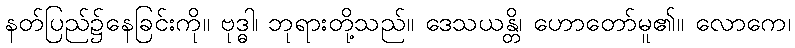
နတ်ပြည်၌နေခြင်းကို။ ဗုဒ္ဓါ၊ ဘုရားတို့သည်။ ဒေသယန္တိ၊ ဟောတော်မူ၏။ လောကေ၊